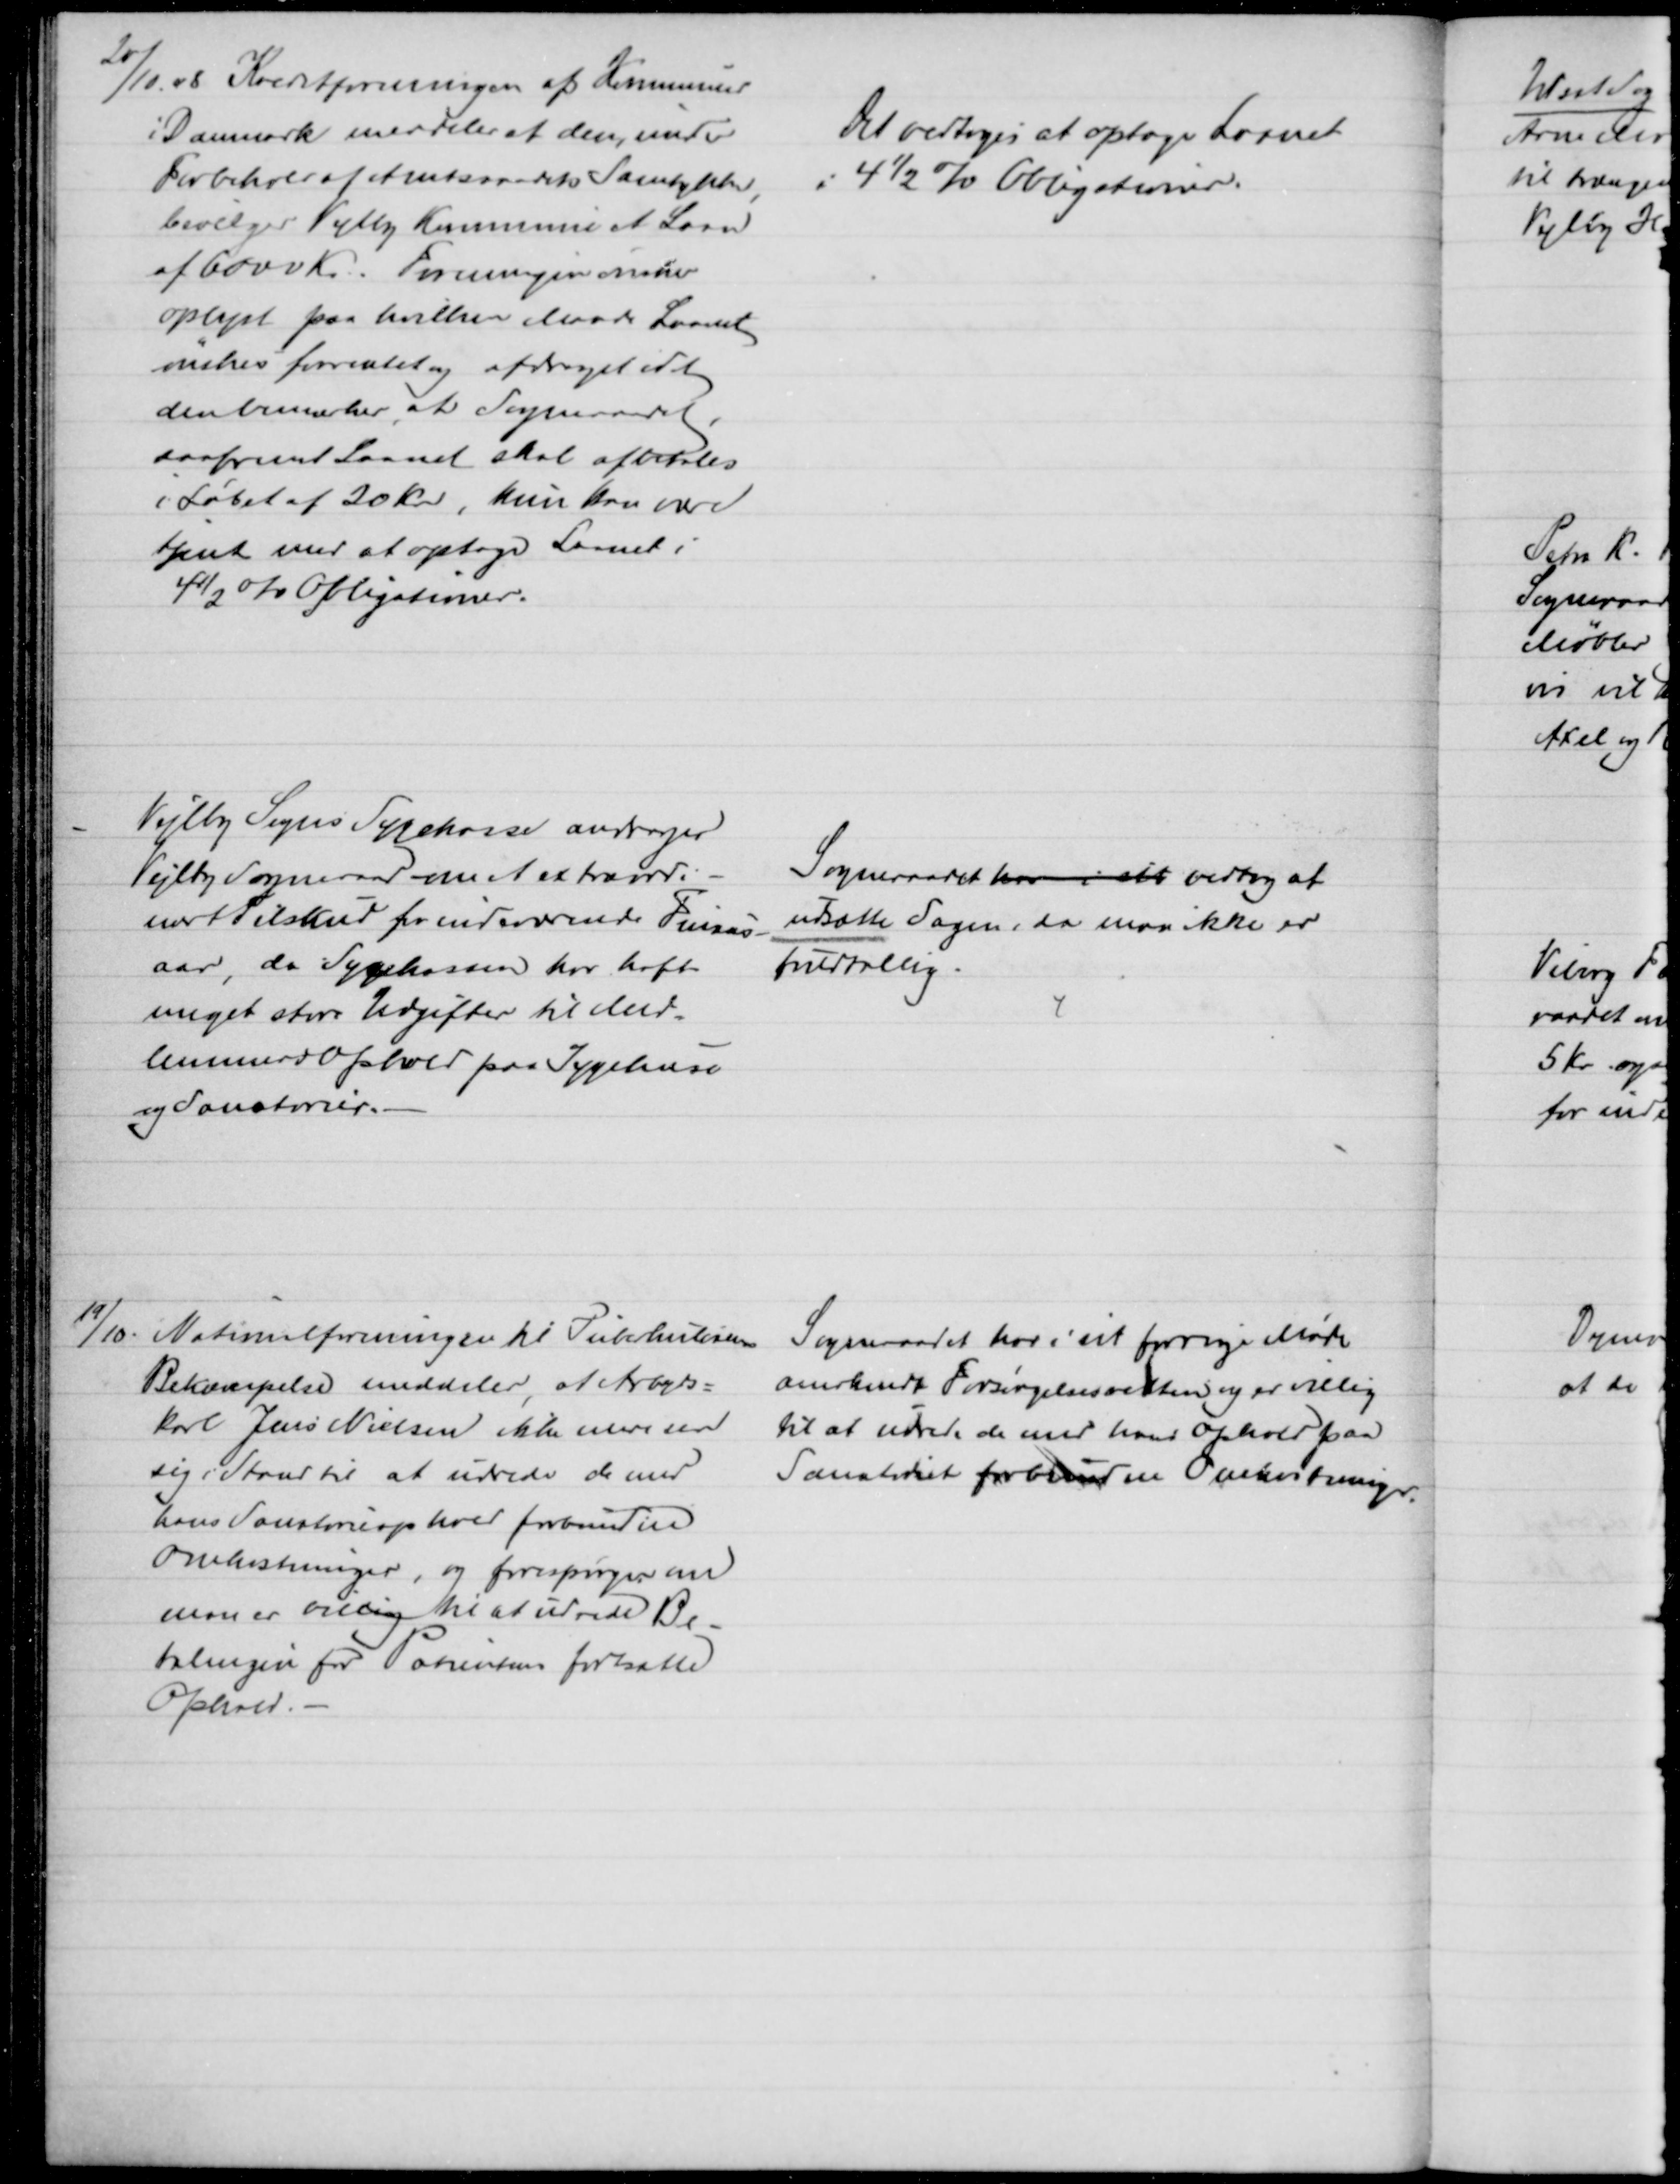
Transskription:
20/10 08 Kreditforeningen af Kommuner
i Danmark meddeler at den, under
Forbehold af Amtsraadets Samtykke
bevilger Vejlby Kommune et Laan
af 6000 Kr. Foreningen ønsker
oplyst paa hvilken Maade Laanet
ønskes forrentet og afdraget idet
den bemærker at Sogneraadet,
saafremt Laanet skal afbetales
i Løbet af 20 Aar, kun kan være
tjent med at optage Laanet i
4½ % Obligationer.
Det vedtoges at optage Laanet 
i 4½ % Obligationer.
Vejlby Sogns Sygekasse andrager
Vejlby Sogneraad om et extraordi-
nært Tilskud for indeværende Finans-
aar, da Sygekassen har haft
meget store Udgifter til Med-
lemmers Ophold paa Sygehuse
og Sanatorier.
Sogneraadet har i eet vedtog at
udsætte Sagen, da man ikke er
fuldtallig.
19/10.
Nationalforeningen til Tuberkulosens
Bekæmpelse meddeler, at Arbejds=
karl Jens Nielsen ikke mere ser
sig i Stand til at udrede de med
hans Sanatorieophold forbundne
Omkostninger, og forespørger om
man er villig til at udrede Be-
talingen for Patientens fortsatte
Ophold.
Sogneraadet har i sit forrige Møde
anerkendt Forsørgelsesretten og er villig
til at udrede de med hans Ophold paa
Sanatoriet forbundne Omkostninger.